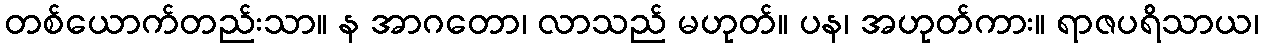
တစ်ယောက်တည်းသာ။ န အာဂတော၊ လာသည် မဟုတ်။ ပန၊ အဟုတ်ကား။ ရာဇပရိသာယ၊